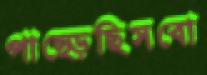
পাছ্‌ড়েছিসবো